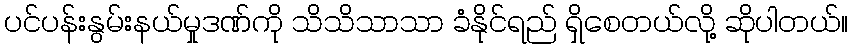
ပင်ပန်းနွမ်းနယ်မှုဒဏ်ကို သိသိသာသာ ခံနိုင်ရည် ရှိစေတယ်လို့ ဆိုပါတယ်။